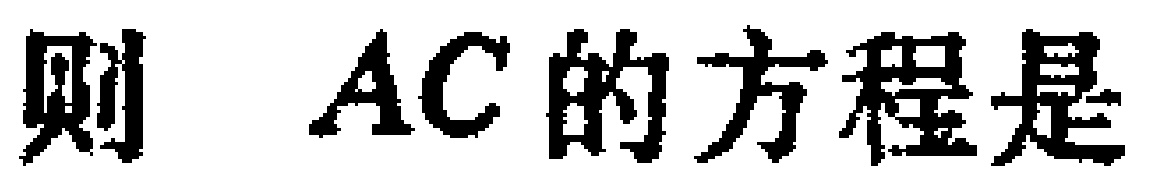
则 \(AC\) 的方程是